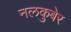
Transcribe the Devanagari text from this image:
नलकुबेर